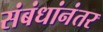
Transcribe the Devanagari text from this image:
संबंधांनंतर